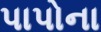
પાપોના